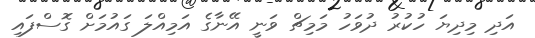
އަދި މިދިޔަ ހުކުރު ދުވަހު މަމިޗް ވަނީ އޭނާގެ އަމިއްލަ ގައުމަށް ގޮސްފައި